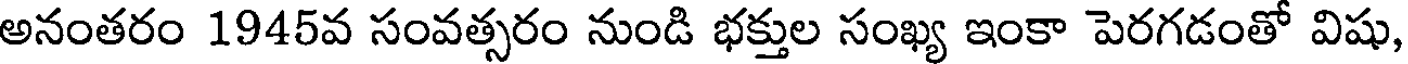
అనంతరం 1945వ సంవత్సరం నుండి భక్తుల సంఖ్య ఇంకా పెరగడంతో విషు,